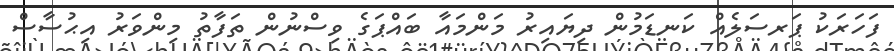
ފަހަރަކު ޕަރސަލެއް ކަނޑަމުން ދިޔައިރު މަންމައާ ބައްޕަގެ ވިސްނުން ތަފާތު މިންވަރު އިޙުސާސް